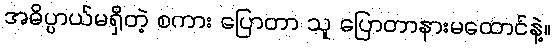
အဓိပ္ပာယ်မရှိတဲ့ စကား ပြောတာ သူ ပြောတာနားမထောင်နဲ့။